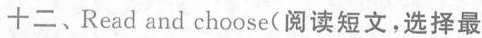
十二、Read and choose(阅读短文,选择最